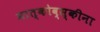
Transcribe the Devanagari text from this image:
मात्कोव्स्कीना